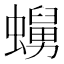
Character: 𧒺